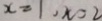
x = 1 , x = 2